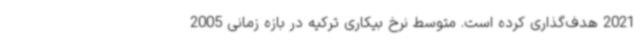
2021 هدف‌گذاری کرده است. متوسط نرخ بیکاری ترکیه در بازه زمانی 2005